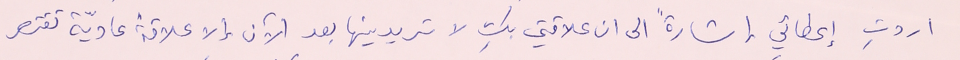
اردتِ إعطائي إشارةً الى ان علاقتي بكِ لا تريدينها بعد الآن إلا علاقة عاديّة تقتصر